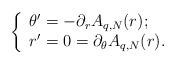
LaTeX: \begin{align*}\left\{\begin{array}{l}\theta'=-\partial_r A_{q,N}(r);\\r'=0=\partial_\theta A_{q,N}(r).\end{array}\right.\end{align*}